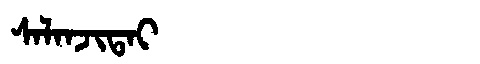
Manchu: ᠰᠠᠯᠠᠨᠵᡳᡨᠠᡳ
Romanization: SALANJITAI